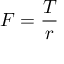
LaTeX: F = { \frac { T } { r } }